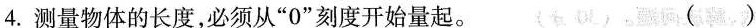
4.测量物体的长度，必须从”0”刻度开始量起。